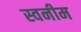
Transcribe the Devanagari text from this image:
स्वनीम